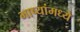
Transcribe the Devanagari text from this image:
भाष्यांमध्ये